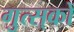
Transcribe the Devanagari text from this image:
गुत्स्‌कों